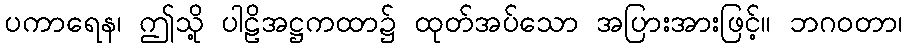
ပကာရေန၊ ဤသို့ ပါဠိအဋ္ဌကထာ၌ ထုတ်အပ်သော အပြားအားဖြင့်။ ဘဂဝတာ၊